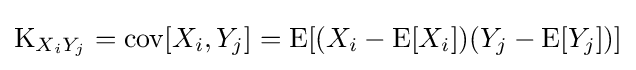
\operatorname {K} _{X_{i}Y_{j}}=\operatorname {cov} [X_{i},Y_{j}]=\operatorname {E} [(X_{i}-\operatorname {E} [X_{i}])(Y_{j}-\operatorname {E} [Y_{j}])]